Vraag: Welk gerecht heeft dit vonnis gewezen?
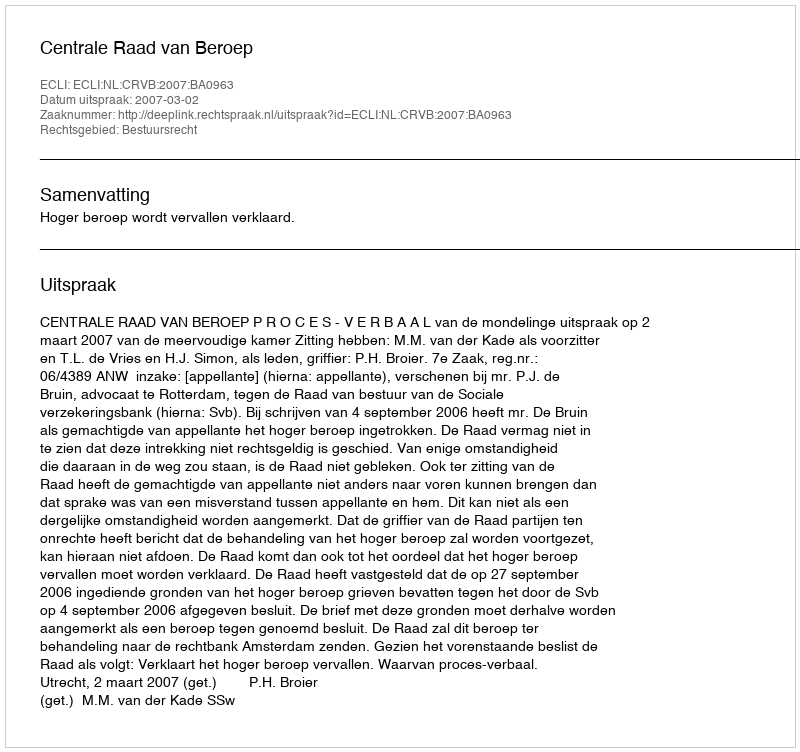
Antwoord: Centrale Raad van Beroep